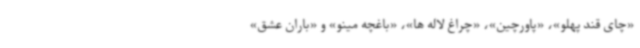
«چای قند پهلو»، «پاورچین»، «چراغ لاله ها»، «باغچه مینو» و «باران عشق»